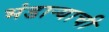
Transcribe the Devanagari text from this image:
भंडार्‍याची